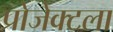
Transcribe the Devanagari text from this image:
प्रोजेक्टला